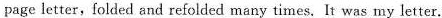
page letter,folded and refolded many times. It was my letter.